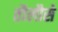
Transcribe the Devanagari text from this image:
तौलौसे